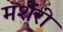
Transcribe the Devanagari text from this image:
मशेंरी